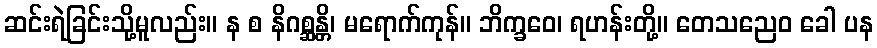
ဆင်းရဲခြင်းသို့မူလည်း။ န စ နိဂစ္ဆန္တိ၊ မရောက်ကုန်။ ဘိက္ခဝေ၊ ရဟန်းတို့။ တေသညေဝ ခေါ ပန